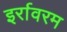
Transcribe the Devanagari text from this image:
इर्रावरम